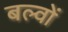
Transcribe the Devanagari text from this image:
बल्वों